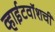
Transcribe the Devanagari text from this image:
व्हाईटवॉशची